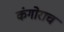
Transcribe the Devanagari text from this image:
कंगोराच